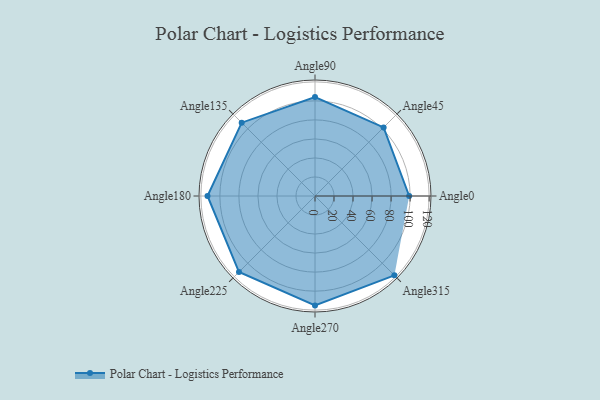
{"axis": {"x": "Angle", "y": "Radius"}, "legend": [""], "data": [{"x": "Angle0", "y": 99.0, "type": ""}, {"x": "Angle45", "y": 102.0, "type": ""}, {"x": "Angle90", "y": 104.0, "type": ""}, {"x": "Angle135", "y": 109.0, "type": ""}, {"x": "Angle180", "y": 113.0, "type": ""}, {"x": "Angle225", "y": 113.0, "type": ""}, {"x": "Angle270", "y": 115.0, "type": ""}, {"x": "Angle315", "y": 118.0, "type": ""}]}